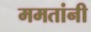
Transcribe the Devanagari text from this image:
ममतांनी